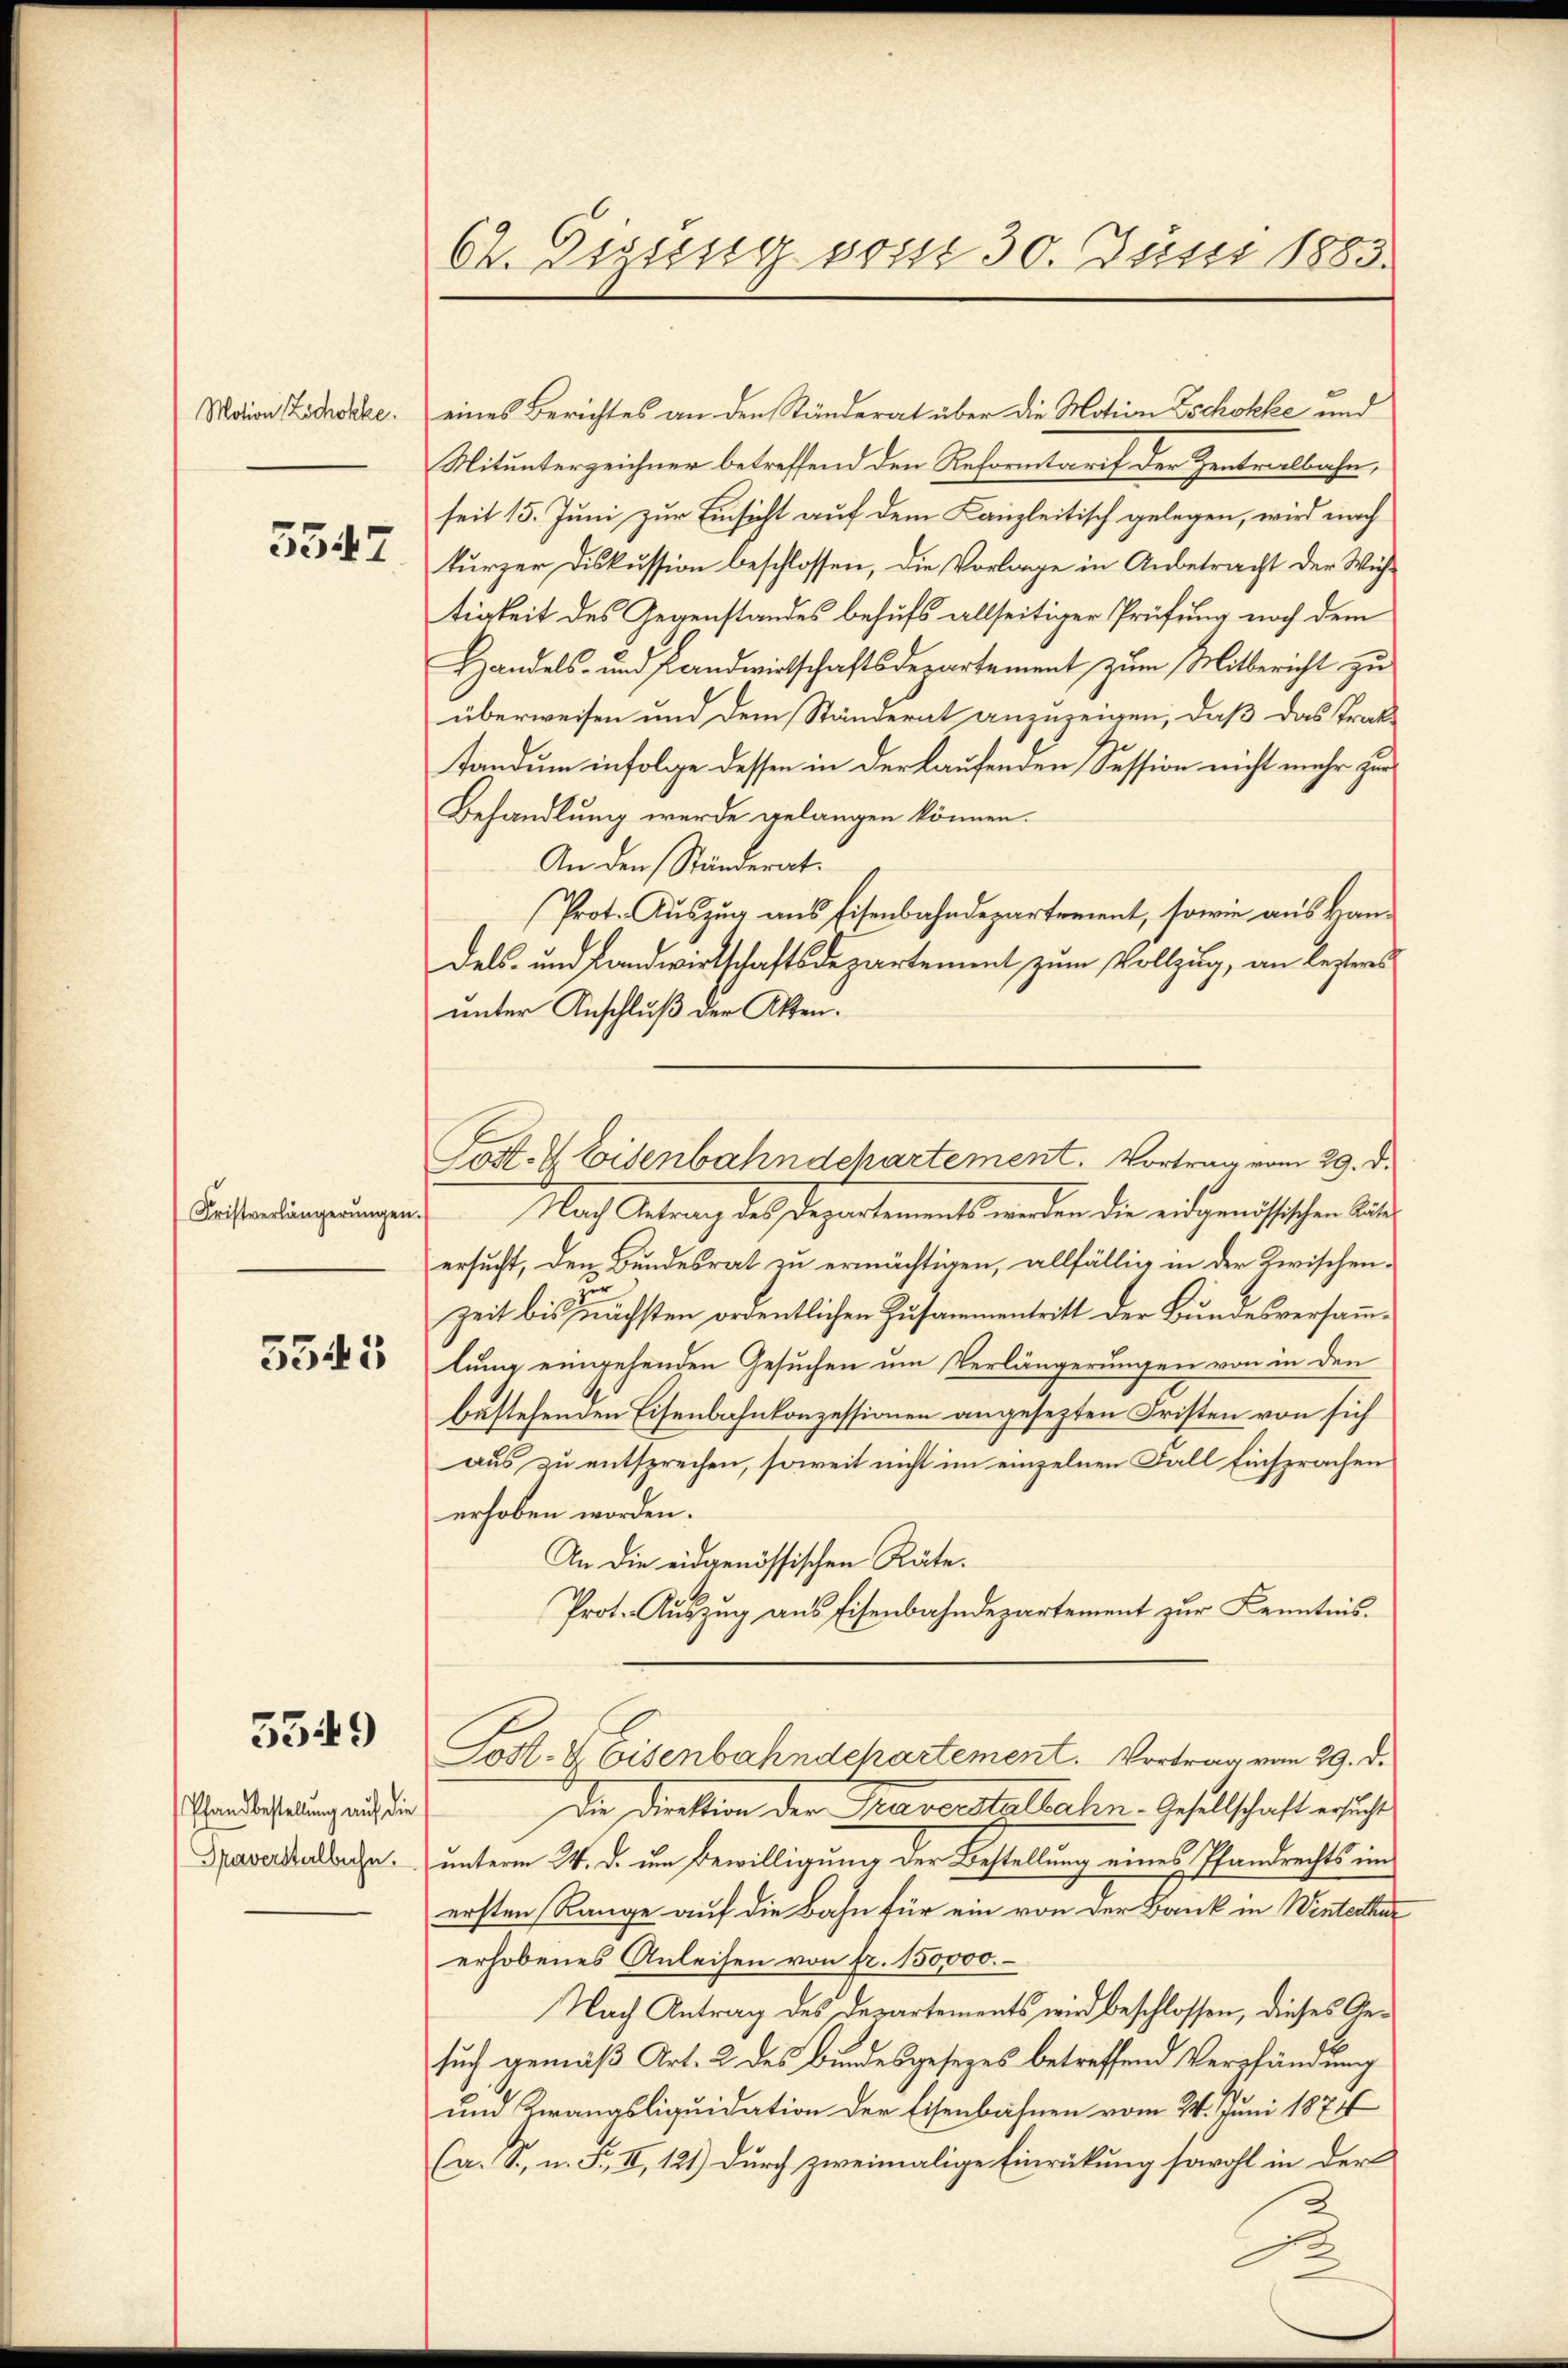
Motion Zichokke.

3547

Fristverlängerŭngen.

3345

5549

Pfandbestellung auf die
Graverstelbahn.

62. Liasssig vom 30. Juni 1885.

eines Berichtes an den Ständerat über die Motion Zschokke und
Mitunterzeichner betreffend den Reformtarif der Zentralbahn,
seit 15. Juni zur Einsicht auf dem Kanzleitisch gelegen, wird nach
kurzer Diskussion beschlossen, die Vorlage in Anbetracht der Wichtigkeit des Gegenstandes behufs allseitiger Prüfung noch dem
Handels- und Landwirtschaftsdepartement zum Mitbericht zu
überweisen und dem Ständerat anzuzeigen, daß das Traktandum infolge dessen in der laufenden Session nicht mehr zur
Behandlung werde gelangen können.
An den Ständerat.
Prote Aŭszŭg ans Eisenbahndepartement, sowie aus kan-
dels- und Landwirtschaftsdepartement zum Vollzug, an lezteres
unter Anschluß der Akten.
Nach Antrag des Departements werden die eidgenößischen Ausersucht, den Bundesrat zu ermächtigen, allfällig in der Zwischen-
Zeit bis nächsten ordentlichen Zusammentritt der Bundesversammlung eingehenden Gesuchen um Verlängerungen von in den
bestehenden Eisenbahnkonzessionen angesezten Fristen von sich
aus zu entsprechen, soweit nicht im einzelnen Fall Einsprachen
erhoben worden.
An die eidgenössischen Räte.
Prot. Auszug aus Eisenbahndepartement zur Kenntnis.
Post. V. Eisenbahndchartement. Vortrag von 29. d.
Die Direktion der Taverstattahn. Gesellschaft ersicht
unterm 24. d. um Bewilligung der Bestellung eines Pfandrechts im
ersten Range auf die Bahn für ein von der Bank in Winterthur
erhobenes Anleisen von fr. 150,000.
Nach Antrag des Departements wird beschlossen, dieses Ansuch gemäß Art. 2 des Bundesgesezes betreffend Verpfändung
und Zwangsliquidation der Eisenbahnen vom 24. Juni 1874
Ca. S. n. F. II, 121) durch zweimalige Einrückung sowohl in der
2

Post- & Eisenbahndchartement. Vortrag vom 29. d.